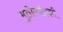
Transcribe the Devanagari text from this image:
मुतोम्बोड्झी